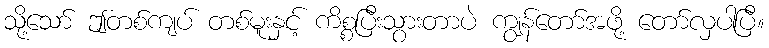
သို့သော် ဤတစ်ကျပ် တစ်မူးနှင့် ကိစ္စပြီးသွားတာပဲ ကျွန်တော်အဖို့ တော်လှပါပြီ။